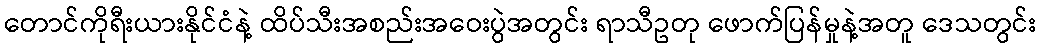
တောင်ကိုရီးယားနိုင်ငံနဲ့ ထိပ်သီးအစည်းအဝေးပွဲအတွင်း ရာသီဥတု ဖောက်ပြန်မှုနဲ့အတူ ဒေသတွင်း